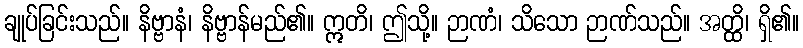
ချုပ်ခြင်းသည်။ နိဗ္ဗာနံ၊ နိဗ္ဗာန်မည်၏။ ဣတိ၊ ဤသို့။ ဉာဏံ၊ သိသော ဉာဏ်သည်။ အတ္ထိ၊ ရှိ၏။